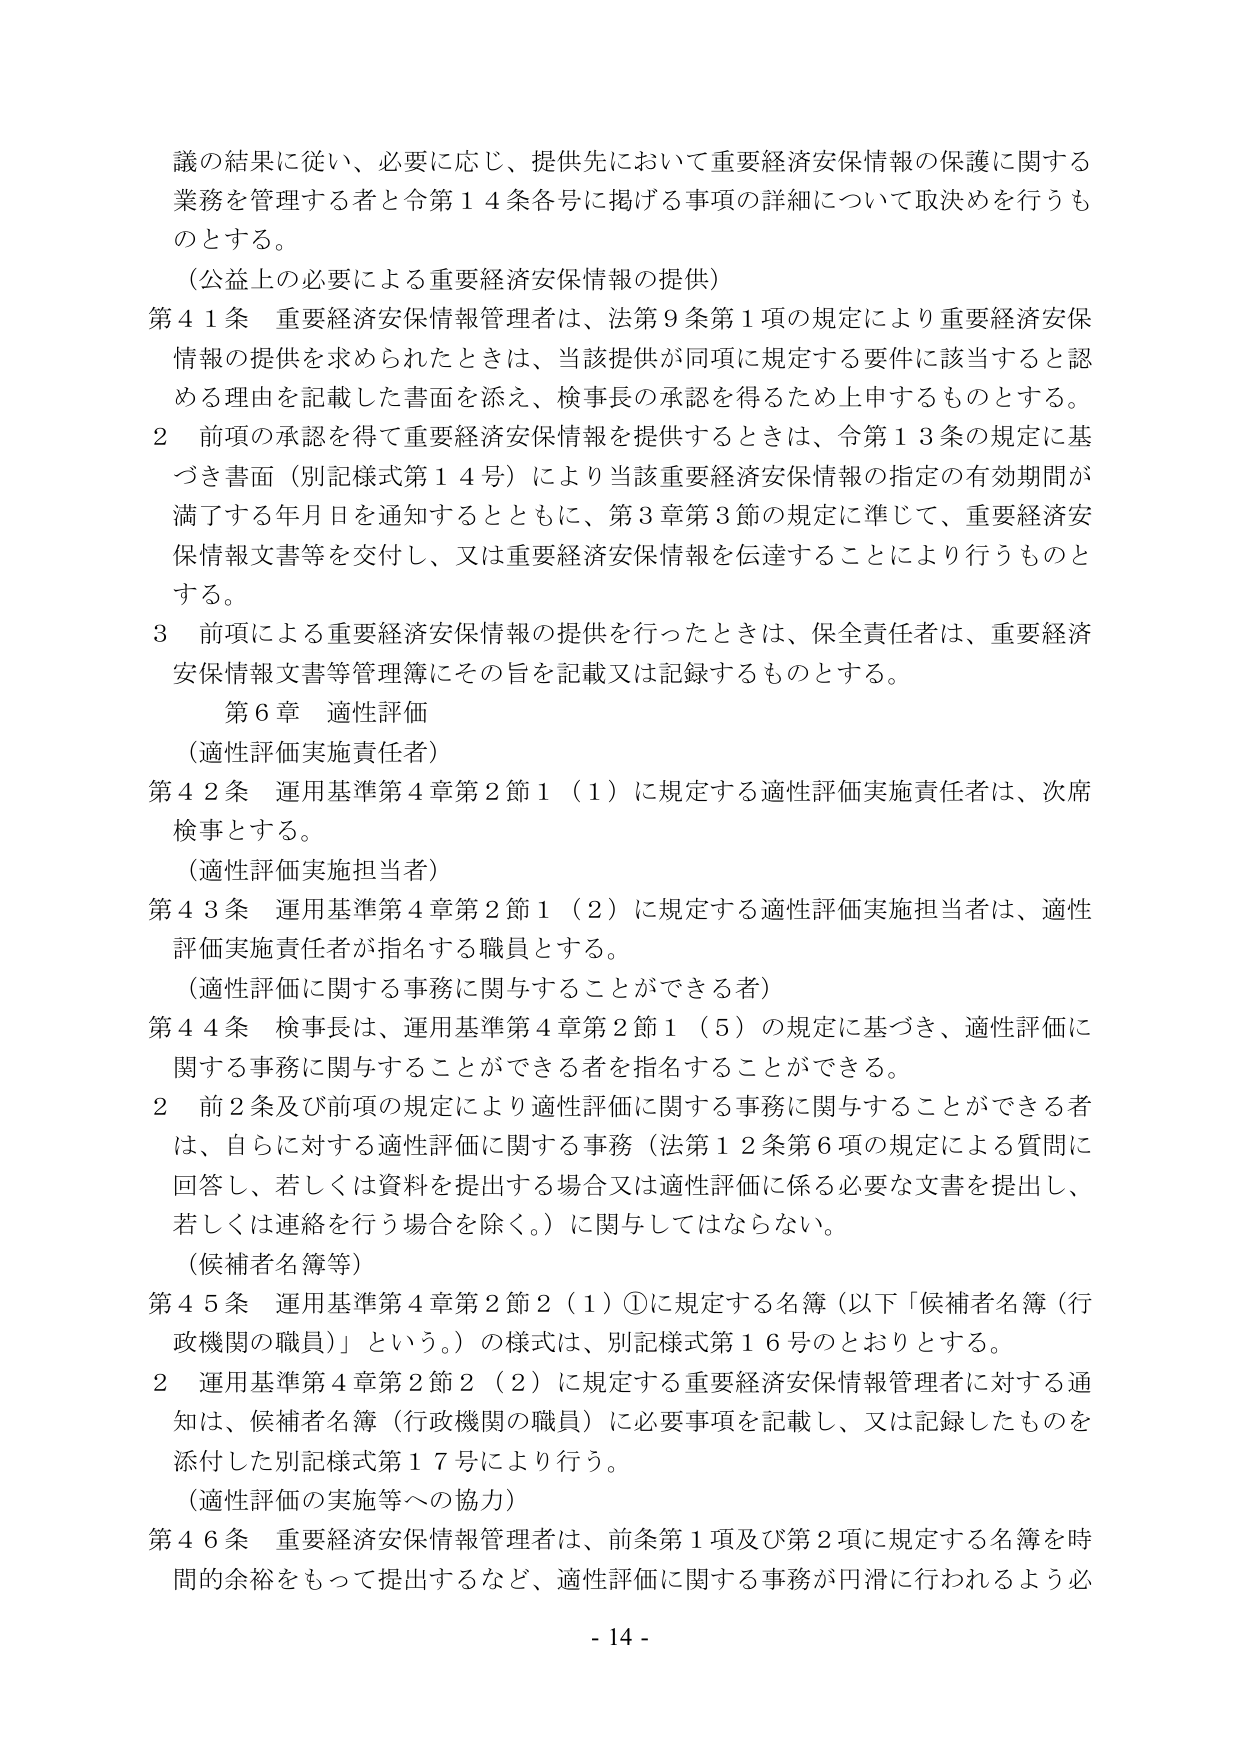
議の結果に従い、必要に応じ、提供先において重要経済安保情報の保護に関する業務を管理する者と令第14条各号に掲げる事項の詳細について取決めを行うものとする。

（公益上の必要による重要経済安保情報の提供）

第41条 重要経済安保情報管理者は、法第9条第1項の規定により重要経済安保情報の提供を求められたときは、当該提供が同項に規定する要件に該当すると認める理由を記載した書面を添え、検事長の承認を得るため上申するものとする。

2 前項の承認を得て重要経済安保情報を提供するときは、令第13条の規定に基づき書面（別記様式第14号）により当該重要経済安保情報の指定の有効期間が満了する年月日を通知するとともに、第3章第3節の規定に準じて、重要経済安保情報文書等を交付し、又は重要経済安保情報を伝達することにより行うものとする。

3 前項による重要経済安保情報の提供を行ったときは、保全責任者は、重要経済安保情報文書等管理簿にその旨を記載又は記録するものとする。

第6章 適性評価

（適性評価実施責任者）

第42条 運用基準第4章第2節1（1）に規定する適性評価実施責任者は、次席検事とする。

（適性評価実施担当者）

第43条 運用基準第4章第2節1（2）に規定する適性評価実施担当者は、適性評価実施責任者が指名する職員とする。

（適性評価に関する事務に関与することができる者）

第44条 検事長は、運用基準第4章第2節1（5）の規定に基づき、適性評価に関する事務に関与することができる者を指名することができる。

2 前2条及び前項の規定により適性評価に関する事務に関与することができる者は、自らに対する適性評価に関する事務（法第12条第6項の規定による質問に回答し、若しくは資料を提出する場合又は適性評価に係る必要な文書を提出し、若しくは連絡を行う場合を除く。）に関与してはならない。

（候補者名簿等）

第45条 運用基準第4章第2節2（1）①に規定する名簿（以下「候補者名簿（行政機関の職員）」という。）の様式は、別記様式第16号のとおりとする。

2 運用基準第4章第2節2（2）に規定する重要経済安保情報管理者に対する通知は、候補者名簿（行政機関の職員）に必要事項を記載し、又は記録したものを添付した別記様式第17号により行う。

（適性評価の実施等への協力）

第46条 重要経済安保情報管理者は、前条第1項及び第2項に規定する名簿を時間的余裕をもって提出するなど、適性評価に関する事務が円滑に行われるよう必

- 14 -